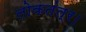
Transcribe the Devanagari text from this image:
लोकतंत्र।